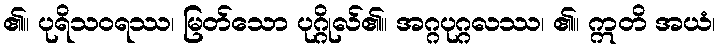
၏။ ပုရိသဝရဿ၊ မြတ်သော ပုဂ္ဂိုလ်၏။ အဂ္ဂပုဂ္ဂလဿ၊ ၏။ ဣတိ အယံ၊